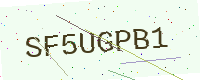
Text: SF5UGPB1